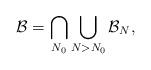
LaTeX: \begin{align*}\mathcal{B}=\bigcap_{N_{0}}\bigcup_{N>N_{0}}\mathcal{B}_{N},\end{align*}